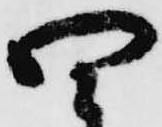
四